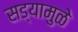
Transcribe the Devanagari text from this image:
सड्यामुळे